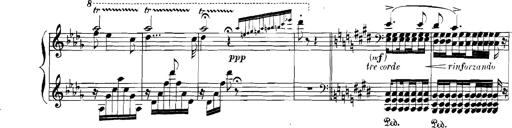
Title: Rhapsodies hongroises
Composer: Franz Liszt